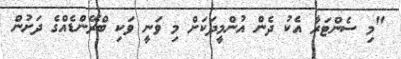
"މި ސެންޓަރާ އެކު ދެން އުންމީދަކަށް މި ވަނީ ވަކި ބްރޭންޑެއްގެ ދަށުން